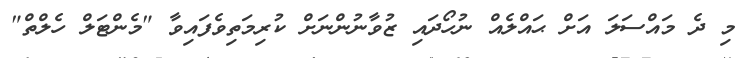
މި ދެ މައްސަލަ އަށް ޙައްލެއް ނުހޯދައި ޒުވާނުންނަށް ކުރިމަތިވެފައިވާ "މެންޓަލް ހެލްތް"